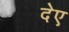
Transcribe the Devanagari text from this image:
देए